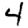
Digit: 4